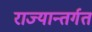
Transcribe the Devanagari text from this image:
राज्यान्तर्गत